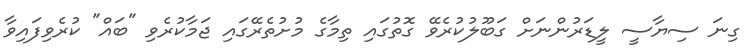
ގިނަ ސިޔާސީ ލީޑަރުންނަށް ގަބޫލުކުރެވޭ ގޮތުގައި ތިމާގެ މުށުތެރޭގައި ޖަމާކުރެވި "ބައް" ކުރެވިފައިވާ